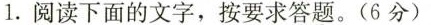
1.阅读下面的文字，按要求答题。（6分）